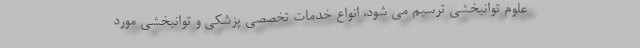
علوم توانبخشی ترسیم می شود، انواع خدمات تخصصی پزشکی و توانبخشی مورد